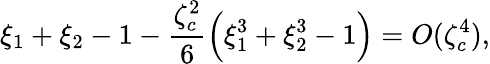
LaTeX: \xi_{1}+\xi_{2}-1-\frac{\zeta_{c}^{2}}{6}\Big(\xi_{1}^{3}+\xi_{2}^{3}-1\Big)=O(\zeta_{c}^{4}),